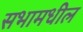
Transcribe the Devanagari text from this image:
सभामधील